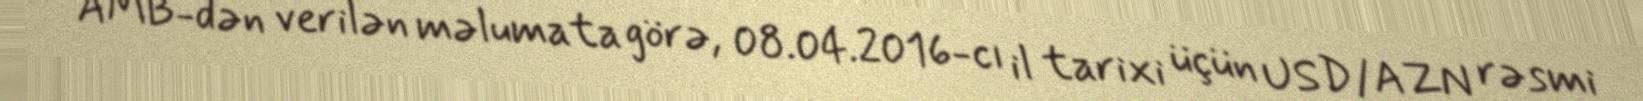
AMB-dən verilən məlumata görə, 08.04.2016-cı il tarixi üçün USD/AZN rəsmi